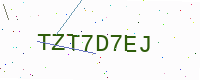
Text: TZT7D7EJ